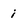
Character: i